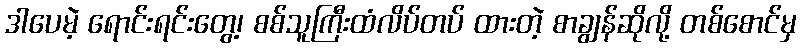
ဒါပေမဲ့ ရောင်းရင်းတွေ့၊ စစ်သူကြီးထံလိပ်တပ် ထားတဲ့ စာချွန်ဆိုလို့ တစ်စောင်မှ